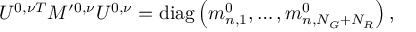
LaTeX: U ^ { 0 , \nu T } M ^ { \prime 0 , \nu } U ^ { 0 , \nu } = \mathrm { d i a g } \left( m _ { n , 1 } ^ { 0 } , \ldots , m _ { n , N _ { G } + N _ { R } } ^ { 0 } \right) ,